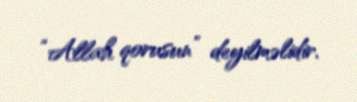
“Allah qorusun” deyilməlidir.